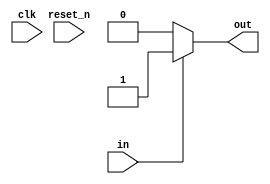
module Mealy (
    output out,
    input in,
    input clk,
    input reset_n
);
parameter S0 = 2'b00;
parameter S1 = 2'b01;
parameter S2 = 2'b10;
parameter S3 = 2'b11;
reg state, nextState;
reg out;
always @(posedge clk or negedge reset_n) begin
    if (!reset_n) begin
        state <= 0;
    end else begin
        state <= nextState;
    end
end

always @(*) begin
    case(state) 
        S0: begin
            if (in == 0) begin
                nextState <= S0;
                out <= 0;
            end else if (in == 1) begin
                nextState <= S1;
                out <= 1;
            end else begin
                nextState <= S0;
                out <= 0;
            end
        end
        S1: begin
            if (in == 0) begin
                nextState <= S1;
                out <= 0;
            end else if (in == 1) begin
                nextState <= S2;
                out <= 1;
            end else begin
                nextState <= S0;
                out <= 0;
            end
        end
        S2: begin
            if (in == 0) begin
                nextState <= S2;
                out <= 0;
            end else if (in == 1) begin
                nextState <= S3;
                out <= 1;
            end else begin
                nextState <= S0;
                out <= 0;
            end
        end
        S3: begin
            if (in == 0) begin
                nextState <= S3;
                out <= 0;
            end else if (in == 1) begin
                nextState <= S0;
                out <= 1;
            end else begin
                nextState <= S0;
                out <= 0;
            end
        end
    endcase
end


endmodule